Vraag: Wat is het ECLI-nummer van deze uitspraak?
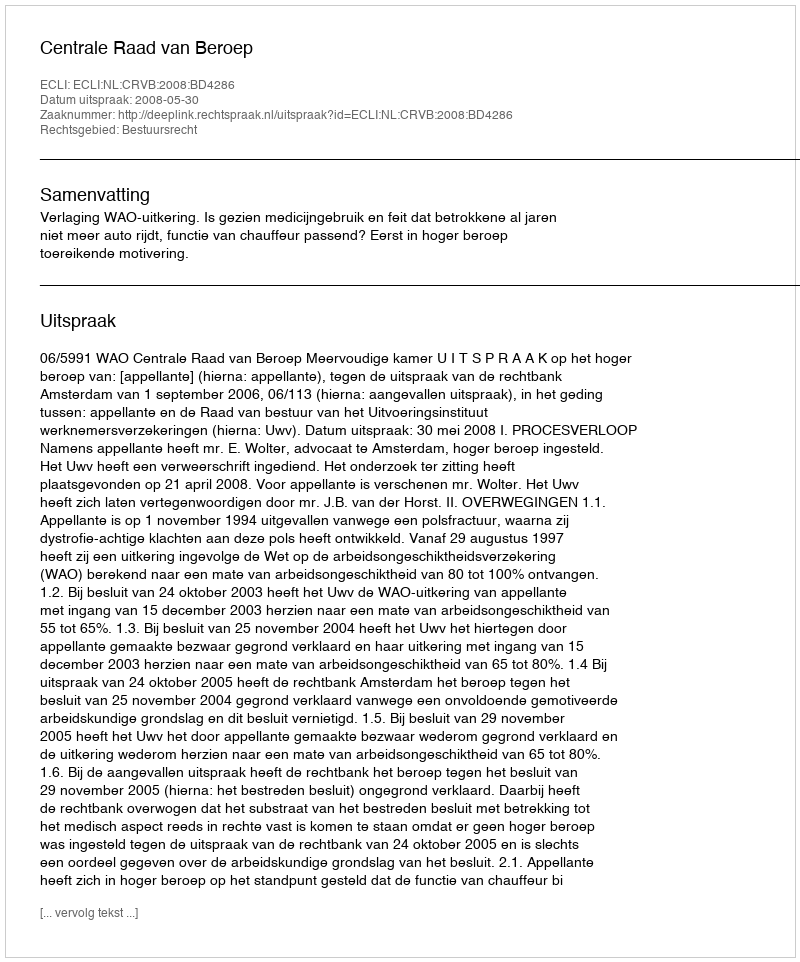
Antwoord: ECLI:NL:CRVB:2008:BD4286